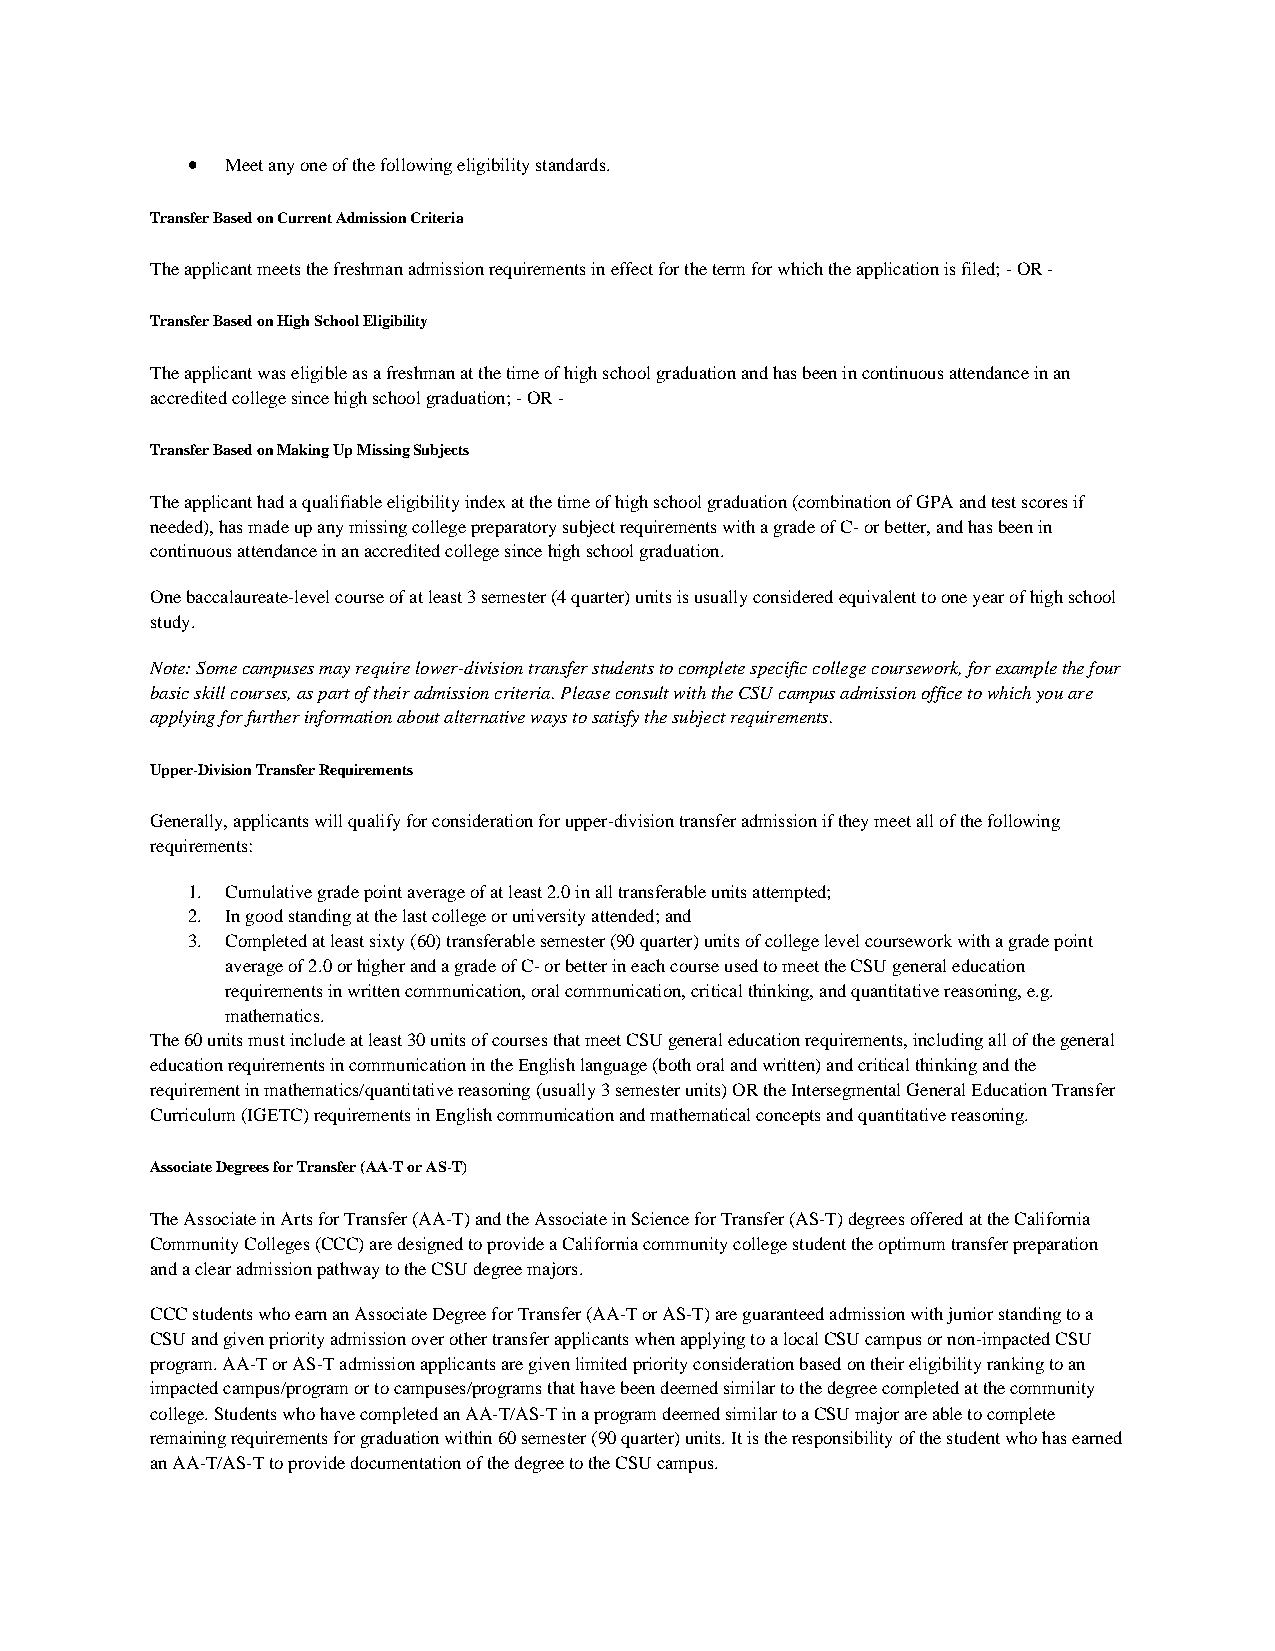
•  Meet any one of the following eligibility standards.
 Transfer Based on Current Admission Criteria
 The applicant meets the freshman admission requirements in effect for the term for which the application is filed; - OR -
 Transfer Based on High School Eligibility
 The applicant was eligible as a freshman at the time of high school graduation and has been in continuous attendance in an
 accredited college since high school graduation; - OR -
 Transfer Based on Making Up Missing Subjects
 The applicant had a qualifiable eligibility index at the time of high school graduation (combination of GPA and test scores if
 needed), has made up any missing college preparatory subject requirements with a grade of C- or better, and has been in
 continuous attendance in an accredited college since high school graduation.
 One baccalaureate-level course of at least 3 semester (4 quarter) units is usually considered equivalent to one year of high school
 study.
 Note: Some campuses may require lower-division transfer students to complete specific college coursework, for example the four
 basic skill courses, as part of their admission criteria. Please consult with the CSU campus admission office to which you are
 applying for further information about alternative ways to satisfy the subject requirements.
 Upper-Division Transfer Requirements
 Generally, applicants will qualify for consideration for upper-division transfer admission if they meet all of the following
 requirements:
 1. Cumulative grade point average of at least 2.0 in all transferable units attempted;
 2. In good standing at the last college or university attended; and
 3. Completed at least sixty (60) transferable semester (90 quarter) units of college level coursework with a grade point
 average of 2.0 or higher and a grade of C- or better in each course used to meet the CSU general education
 requirements in written communication, oral communication, critical thinking, and quantitative reasoning, e.g.
 mathematics.
 The 60 units must include at least 30 units of courses that meet CSU general education requirements, including all of the general
 education requirements in communication in the English language (both oral and written) and critical thinking and the
 requirement in mathematics/quantitative reasoning (usually 3 semester units) OR the Intersegmental General Education Transfer
 Curriculum (IGETC) requirements in English communication and mathematical concepts and quantitative reasoning.
 Associate Degrees for Transfer (AA-T or AS-T)
 The Associate in Arts for Transfer (AA-T) and the Associate in Science for Transfer (AS-T) degrees offered at the California
 Community Colleges (CCC) are designed to provide a California community college student the optimum transfer preparation
 and a clear admission pathway to the CSU degree majors.
 CCC students who earn an Associate Degree for Transfer (AA-T or AS-T) are guaranteed admission with junior standing to a
 CSU and given priority admission over other transfer applicants when applying to a local CSU campus or non-impacted CSU
 program. AA-T or AS-T admission applicants are given limited priority consideration based on their eligibility ranking to an
 impacted campus/program or to campuses/programs that have been deemed similar to the degree completed at the community
 college. Students who have completed an AA-T/AS-T in a program deemed similar to a CSU major are able to complete
 remaining requirements for graduation within 60 semester (90 quarter) units. It is the responsibility of the student who has earned
 an AA-T/AS-T to provide documentation of the degree to the CSU campus.